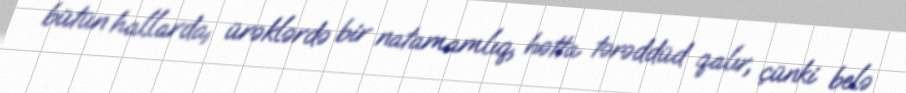
bütün hallarda, ürəklərdə bir natamamlıq, hətta tərəddüd qalır, çünki belə